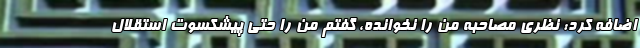
اضافه کرد: نظری مصاحبه من را نخوانده، گفتم من را حتی پیشکسوت استقلال